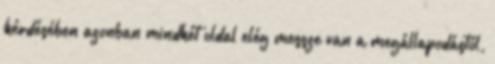
kérdésében azonban mindkét oldal elég messze van a megállapodástól,